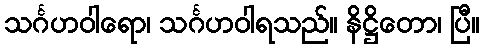
သင်္ဂဟဝါရော၊ သင်္ဂဟဝါရသည်။ နိဋ္ဌိတော၊ ပြီ။